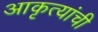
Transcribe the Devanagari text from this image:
आकृत्यांची